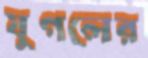
যুগলের